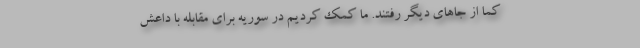
کما از جاهای دیگر رفتند. ما کمک کردیم در سوریه برای مقابله با داعش